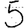
Digit: 5